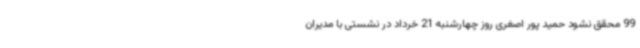
99 محقق نشود حمید پور اصغری روز چهارشنبه 21 خرداد در نشستی با مدیران